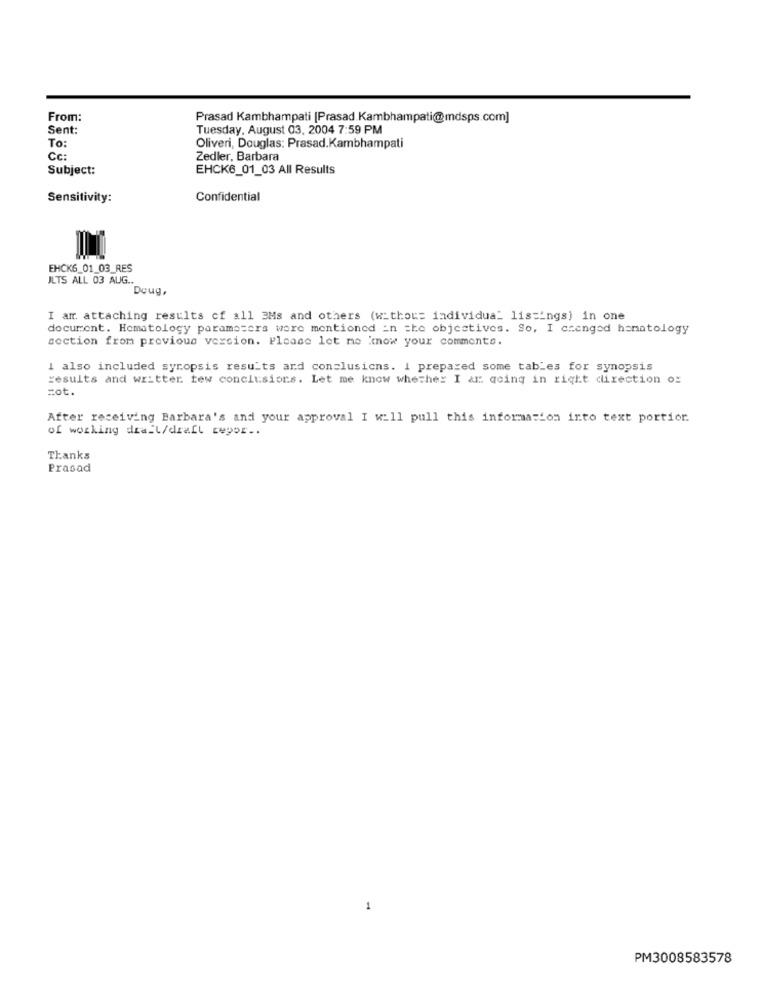
From:
Prasad Kambhampati [Prasad Kambhampati@mdsps.com]
Sent:
Tuesday, August 03, 2004 7:59 PM
To:
Oliveri, Douglas: Prasad.Kambhampati
Cc:
Zedler, Barbara
Subject:
EHCK6_01_03 All Results
Sensitivity:
Confidential
EHCK6_01_03_RES
ILTS ALL 03 AUG ..
Doug,
I am attaching results of all 3Ms and others (withou= individua_ listings) in one
document. Hematology parameters wore mentioned in the objectives. So. I changed hematology
section from previous version. Please let me mow your commente.
I also included synopsis results and conclusions. 1 prepared some tables for synopsis
results and writter tew conclusions. Let me know whether I ar qcing in right direction of
cot.
After receiving Barbara's and your approval I will pull this information into text portior.
of working draft/draft regor ..
Thanks
Prasad
1
PM3008583578